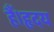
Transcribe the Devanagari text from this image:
हैं।हृदय